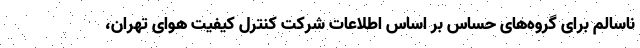
ناسالم برای گروه‌های حساس بر اساس اطلاعات شرکت کنترل کیفیت هوای تهران،